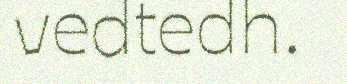
vedtedh.